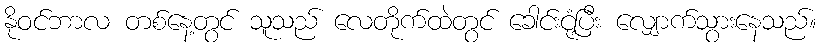
နိုဝင်ဘာလ တစ်နေ့တွင် သူသည် လေတိုက်ထဲတွင် ခေါင်းငုံ့ပြီး လျှောက်သွားနေသည်။